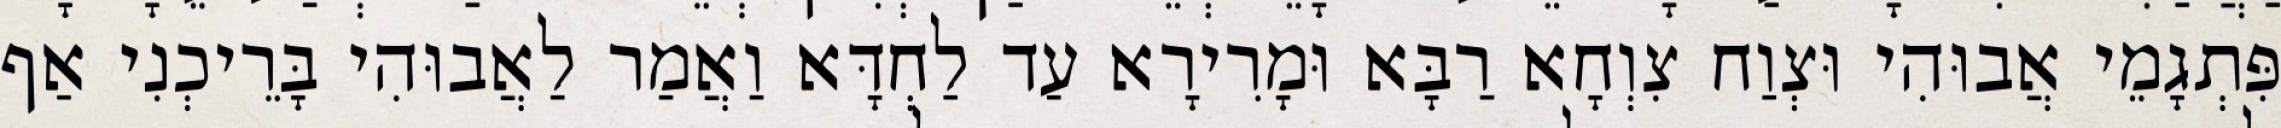
פִּתְגָמֵי אֲבוּהִי וּצְוַח צִוְחָא רַבָּא וּמָרִירָא עַד לַחְדָּא וַאֲמַר לַאֲבוּהִי בָּרֵיכְנִי אַף